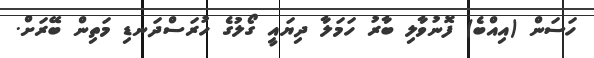
ހަސަން (އިއްބެ) ފޮނުވާލި ބާރު ހަމަލާ ދިޔައީ ގޯލުގެ ހުރަސްދަނޑި މަތިން ބޭރަށް.